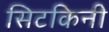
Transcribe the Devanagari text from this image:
सिटकिनी